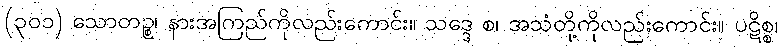
(၃၀၁) သောတဉ္စ၊ နားအကြည်ကိုလည်းကောင်း။ သဒ္ဒေ စ၊ အသံတို့ကိုလည်းကောင်း။ ပဋိစ္စ၊